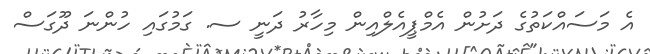
އެ މަސައްކަތުގެ ދަށުން އެމްޕީއެލްއިން މިހާރު ދަނީ ސ. ގަމުގައި ހުންނަ ދޫގަސް